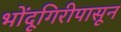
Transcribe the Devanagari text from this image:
भोंदूगिरीपासून